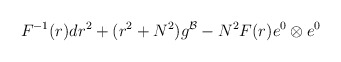
\begin{align*}F^{-1} (r) dr^2 + ( r^2 + N^2) g^{\cal B} - N^2 F(r) e^0 \otimes e^0\end{align*}